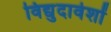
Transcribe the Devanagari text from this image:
विद्युदावेशों